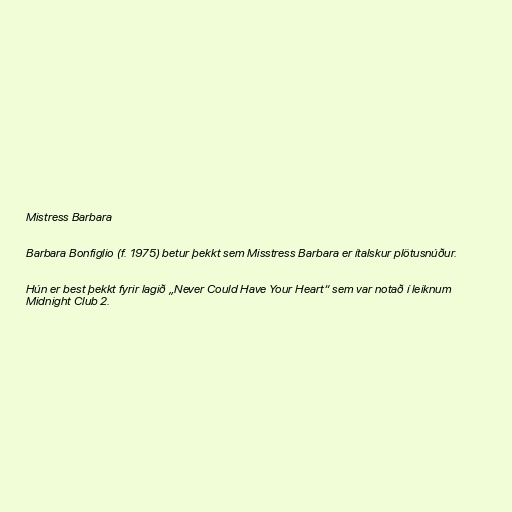
Mistress Barbara

Barbara Bonfiglio (f. 1975) betur þekkt sem Misstress Barbara er ítalskur plötusnúður.

Hún er best þekkt fyrir lagið „Never Could Have Your Heart“ sem var notað í leiknum
Midnight Club 2.